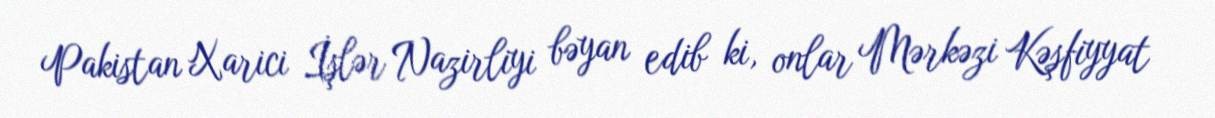
Pakistan Xarici İşlər Nazirliyi bəyan edib ki, onlar Mərkəzi Kəşfiyyat